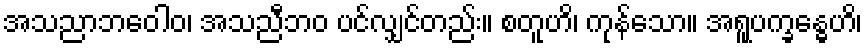
အသညာဘဝေါဝ၊ အသညီဘဝ ပင်လျှင်တည်း။ စတူဟိ၊ ကုန်သော။ အရူပက္ခန္ဓေဟိ၊